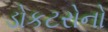
ડોકટરોનો